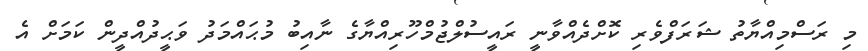
މި ރަސްމިއްޔާތު ޝަރަފްވެރި ކޮށްދެއްވާނީ ރައީސުލްޖުމްހޫރިއްޔާގެ ނާއިބު މުޙައްމަދު ވަޙީދުއްދީން ކަމަށް އެ